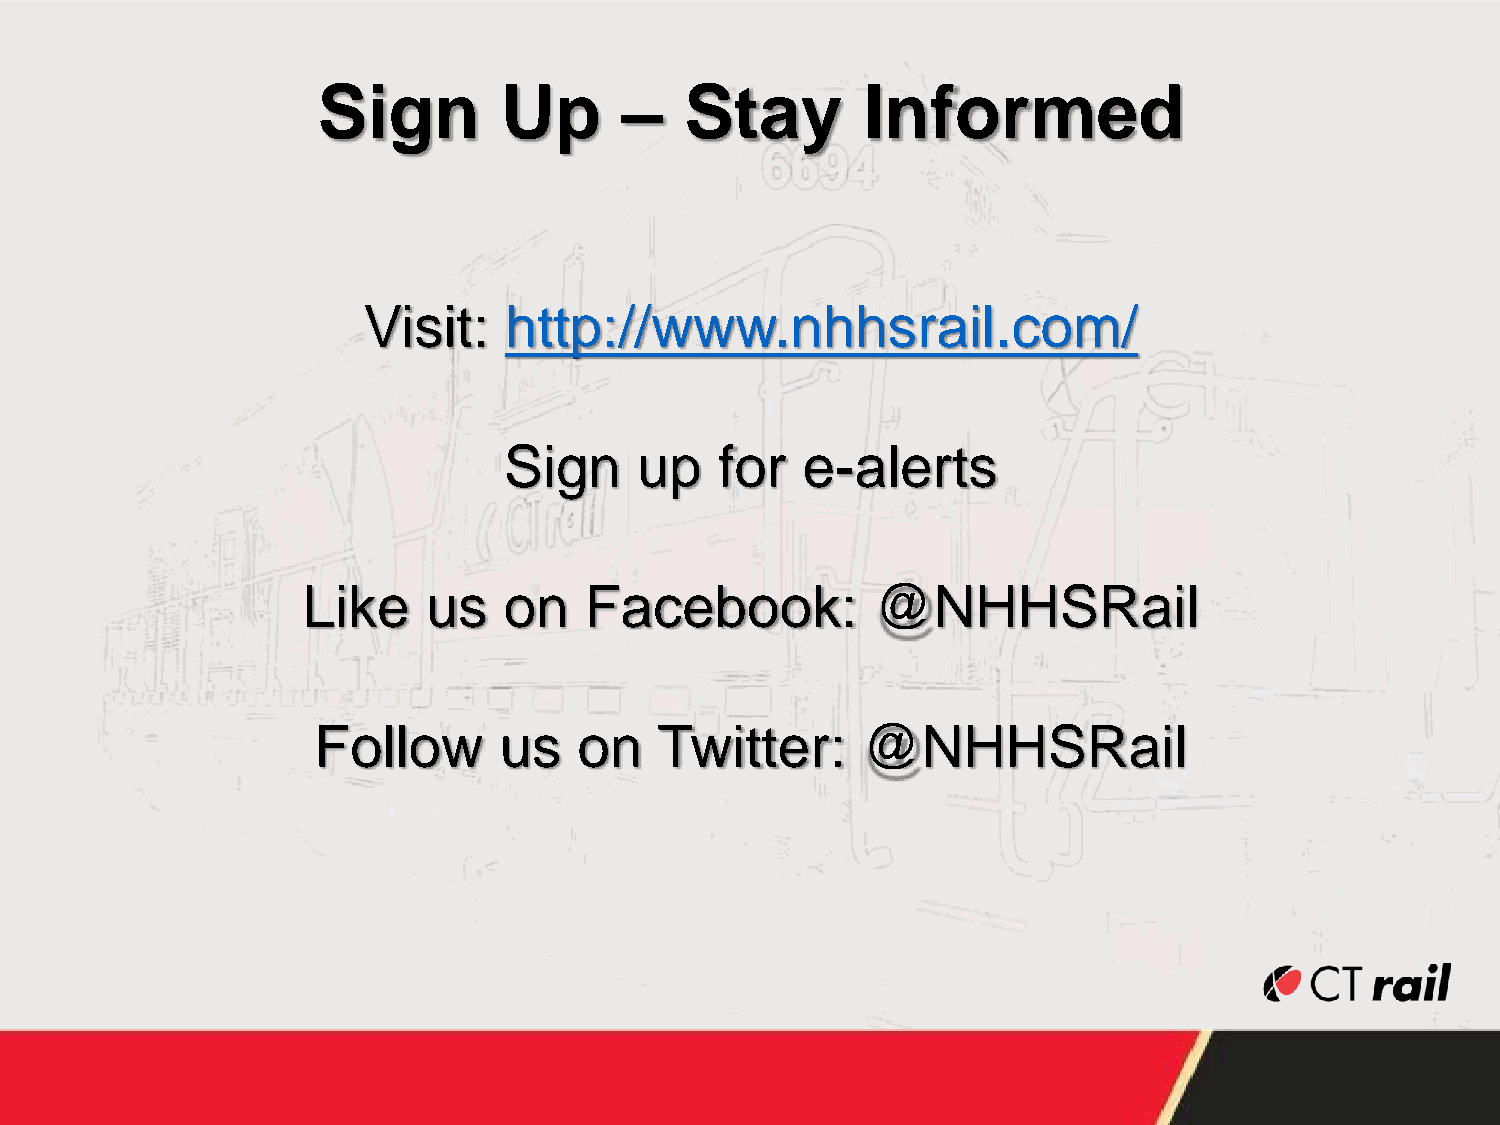
Sign        Up      –   Stay        Informed
 Visit:   http://www.nhhsrail.com/
 Sign     up    for  e-alerts
 Like    us   on    Facebook:          @NHHSRail
 Follow      us   on    Twitter:     @NHHSRail
 28